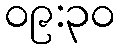
၀၉:၃၀